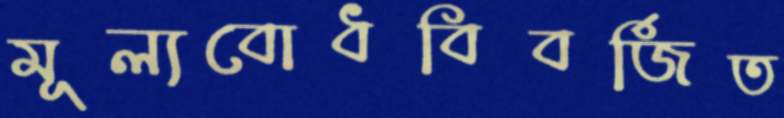
মূল্যবোধবিবর্জিত